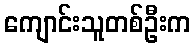
ကျောင်းသူတစ်ဦးက